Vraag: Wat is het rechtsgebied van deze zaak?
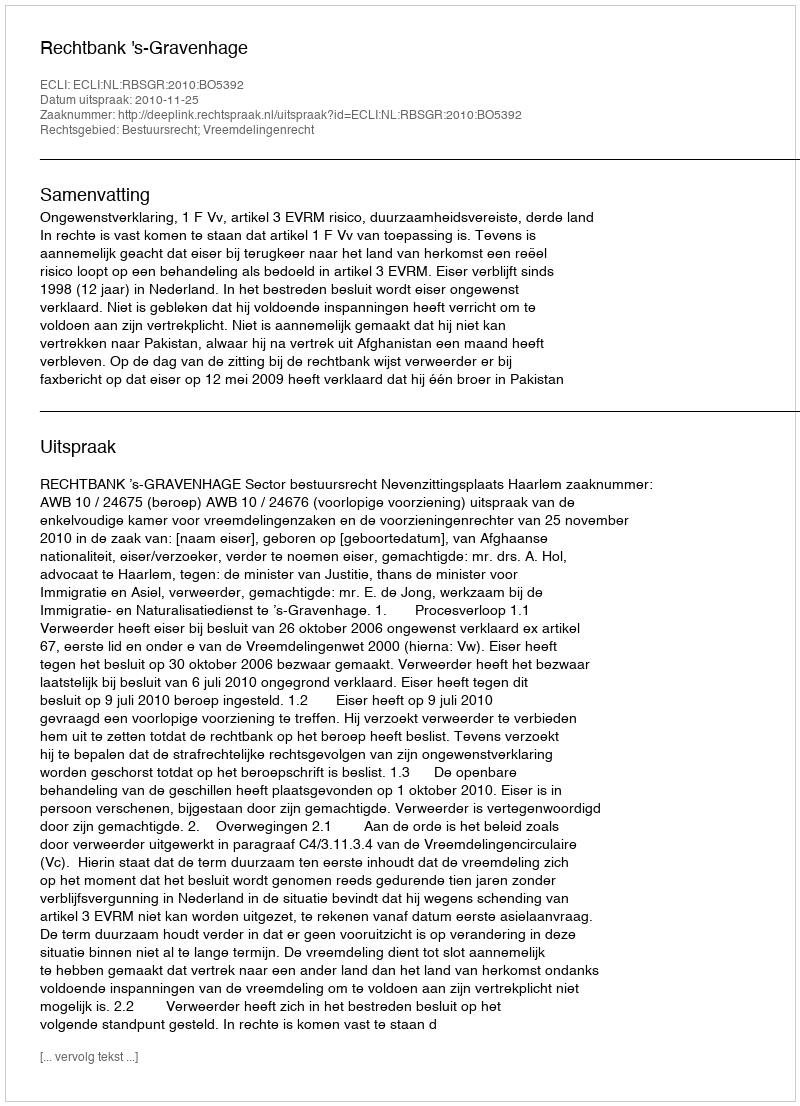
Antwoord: Bestuursrecht; Vreemdelingenrecht